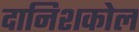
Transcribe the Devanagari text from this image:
दानिशकोल